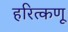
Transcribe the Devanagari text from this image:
हरित्कणू